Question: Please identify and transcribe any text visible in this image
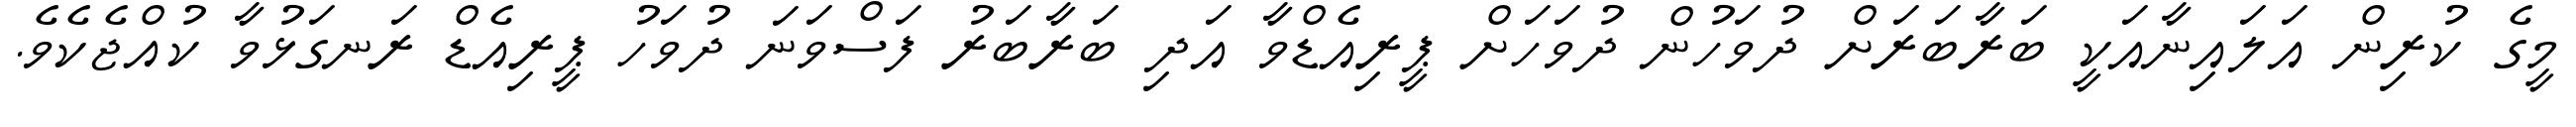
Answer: މީގެ ކުރިން އަލައިނާއަކީ ބަރާބަރަށް ދުވަހުން ދުވަހަށް ޕީރިއެޑްވާ އަދި ބަރާބަރު ފަސްވަނަ ދުވަހު ޕީރިއެޑް ރަނގަޅުވާ ކުއްޖެކެވެ.